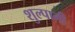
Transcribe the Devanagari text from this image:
शुल्पानी